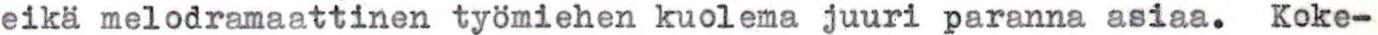
eikä melodramaattinen työmiehen kuolema juuri paranna asiaa. Koke-